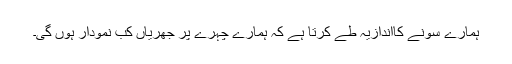
ہمارے سونے کااندازیہ طے کرتا ہے کہ ہمارے چہرے پر جھریاں کب نمودار ہوں گی۔